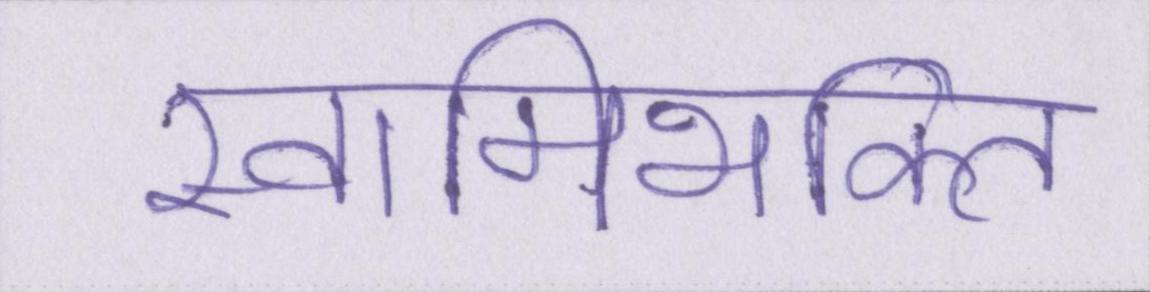
स्वामिभक्ति